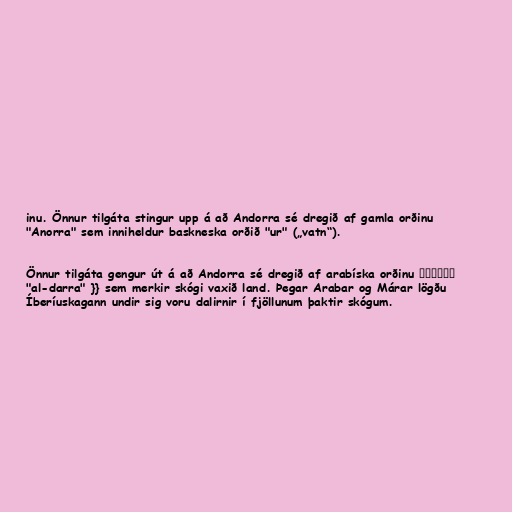
inu. Önnur tilgáta stingur upp á að Andorra sé dregið af gamla orðinu
"Anorra" sem inniheldur baskneska orðið "ur" („vatn“).

Önnur tilgáta gengur út á að Andorra sé dregið af arabíska orðinu الدارة
"al-darra" }} sem merkir skógi vaxið land. Þegar Arabar og Márar lögðu
Íberíuskagann undir sig voru dalirnir í fjöllunum þaktir skógum.